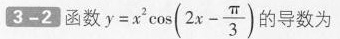
3-2 函数$$y = x ^ { 2 } \cos ( 2 x - \frac { π } { 3 } )$$的导数为